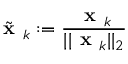
{ \tilde { \textbf { x } } } _ { k } : = { \frac { { \textbf { x } } _ { k } } { | | { \textbf { x } } _ { k } | | _ { 2 } } }